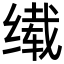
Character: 𬘹